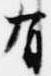
有